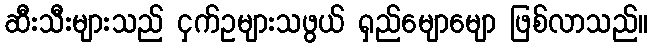
ဆီးသီးများသည် ငှက်ဥများသဖွယ် ရှည်မျောမျော ဖြစ်လာသည်။